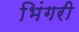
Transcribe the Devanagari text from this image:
भिंगरी